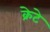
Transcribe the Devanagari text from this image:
क्रेटे